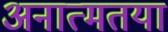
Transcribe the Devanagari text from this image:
अनात्मतया